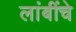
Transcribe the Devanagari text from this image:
लांबींचे